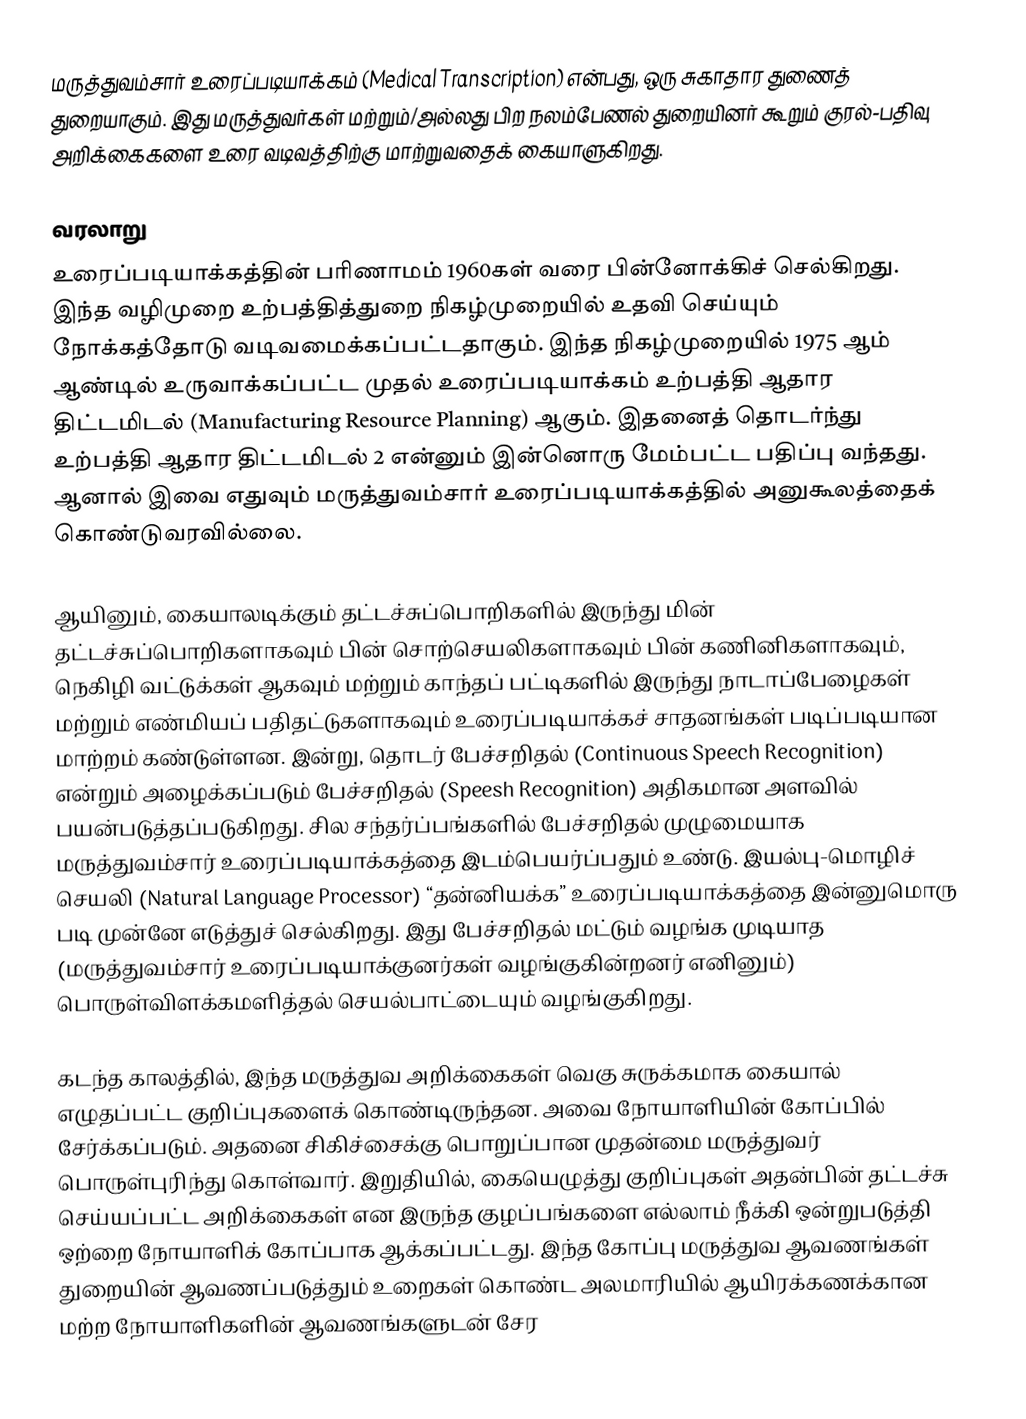
மருத்துவம்சார் உரைப்படியாக்கம் (Medical Transcription) என்பது, ஒரு சுகாதார துணைத் துறையாகும். இது மருத்துவர்கள் மற்றும்/அல்லது பிற நலம்பேணல் துறையினர் கூறும் குரல்-பதிவு அறிக்கைகளை உரை வடிவத்திற்கு மாற்றுவதைக் கையாளுகிறது.

வரலாறு
உரைப்படியாக்கத்தின் பரிணாமம் 1960கள் வரை பின்னோக்கிச் செல்கிறது. இந்த வழிமுறை உற்பத்தித்துறை நிகழ்முறையில் உதவி செய்யும் நோக்கத்தோடு வடிவமைக்கப்பட்டதாகும். இந்த நிகழ்முறையில் 1975 ஆம் ஆண்டில் உருவாக்கப்பட்ட முதல் உரைப்படியாக்கம் உற்பத்தி ஆதார திட்டமிடல் (Manufacturing Resource Planning) ஆகும். இதனைத் தொடர்ந்து உற்பத்தி ஆதார திட்டமிடல் 2 என்னும் இன்னொரு மேம்பட்ட பதிப்பு வந்தது. ஆனால் இவை எதுவும் மருத்துவம்சார் உரைப்படியாக்கத்தில் அனுகூலத்தைக் கொண்டுவரவில்லை.

ஆயினும், கையாலடிக்கும் தட்டச்சுப்பொறிகளில் இருந்து மின் தட்டச்சுப்பொறிகளாகவும் பின் சொற்செயலிகளாகவும் பின் கணினிகளாகவும், நெகிழி வட்டுக்கள் ஆகவும் மற்றும் காந்தப் பட்டிகளில் இருந்து நாடாப்பேழைகள் மற்றும் எண்மியப் பதிதட்டுகளாகவும் உரைப்படியாக்கச் சாதனங்கள் படிப்படியான மாற்றம் கண்டுள்ளன. இன்று, தொடர் பேச்சறிதல் (Continuous Speech Recognition) என்றும் அழைக்கப்படும் பேச்சறிதல் (Speesh Recognition) அதிகமான அளவில் பயன்படுத்தப்படுகிறது. சில சந்தர்ப்பங்களில் பேச்சறிதல் முழுமையாக மருத்துவம்சார் உரைப்படியாக்கத்தை இடம்பெயர்ப்பதும் உண்டு. இயல்பு-மொழிச் செயலி (Natural Language Processor) “தன்னியக்க” உரைப்படியாக்கத்தை இன்னுமொரு படி முன்னே எடுத்துச் செல்கிறது. இது பேச்சறிதல் மட்டும் வழங்க முடியாத (மருத்துவம்சார் உரைப்படியாக்குனர்கள் வழங்குகின்றனர் எனினும்) பொருள்விளக்கமளித்தல் செயல்பாட்டையும் வழங்குகிறது.

கடந்த காலத்தில், இந்த மருத்துவ அறிக்கைகள் வெகு சுருக்கமாக கையால் எழுதப்பட்ட குறிப்புகளைக் கொண்டிருந்தன. அவை நோயாளியின் கோப்பில் சேர்க்கப்படும். அதனை சிகிச்சைக்கு பொறுப்பான முதன்மை மருத்துவர் பொருள்புரிந்து கொள்வார். இறுதியில், கையெழுத்து குறிப்புகள் அதன்பின் தட்டச்சு செய்யப்பட்ட அறிக்கைகள் என இருந்த குழப்பங்களை எல்லாம் நீக்கி ஒன்றுபடுத்தி ஒற்றை நோயாளிக் கோப்பாக ஆக்கப்பட்டது. இந்த கோப்பு மருத்துவ ஆவணங்கள் துறையின் ஆவணப்படுத்தும் உறைகள் கொண்ட அலமாரியில் ஆயிரக்கணக்கான மற்ற நோயாளிகளின் ஆவணங்களுடன் சேர